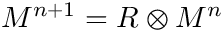
{ M } ^ { n + 1 } = { \cal R } \otimes { \cal M } ^ { n }